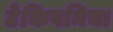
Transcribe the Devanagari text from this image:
टेकिपनिया